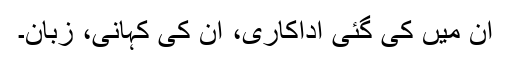
ان میں کی گئی اداکاری، ان کی کہانی، زبان۔